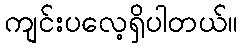
ကျင်းပလေ့ရှိပါတယ်။